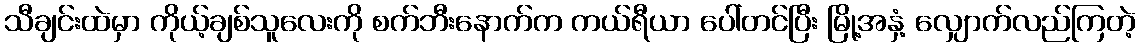
သီချင်းထဲမှာ ကိုယ့်ချစ်သူလေးကို စက်ဘီးနောက်က ကယ်ရီယာ ပေါ်တင်ပြီး မြို့အနှံ့ လျှောက်လည်ကြတဲ့